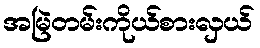
အမြဲတမ်းကိုယ်စားလှယ်